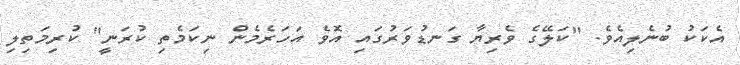
އެކަކު ބުނެލިއެވެ. "ކަލޭގެ ވެރިޔާ ގަނޑުވަރުގައި އޮވެ އަހަރެމެން ނިކަމެތި ކުރަނީ" ކުރިމަތިލި